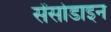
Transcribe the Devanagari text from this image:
सेंसोडाइन